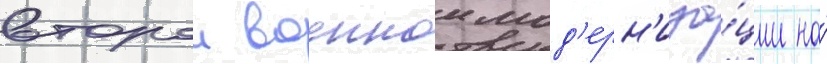
второи военнои мод'ерн'иза́ции на́